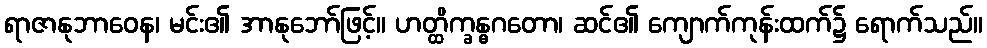
ရာဇာနုဘာဝေန၊ မင်း၏ အာနုဘော်ဖြင့်။ ဟတ္ထိက္ခန္ဓဂတော၊ ဆင်၏ ကျောက်ကုန်းထက်၌ ရောက်သည်။